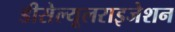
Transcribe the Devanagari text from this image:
डीसेल्यूलराइजेशन